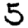
Digit: 5